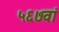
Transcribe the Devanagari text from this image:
५६७वां